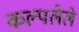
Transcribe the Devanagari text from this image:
कल्पलेले